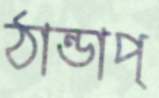
ঠান্ডাপ্